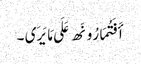
أَفَتُمَارُونَھ عَلَی مَا یَرَی ۔